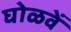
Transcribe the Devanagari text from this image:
घोळवें